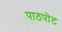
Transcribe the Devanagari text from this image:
पाठपोट